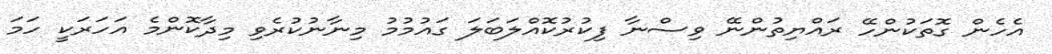
އެހެން ގޮތަކުންހޭ ރައްޔިތުންނޭ ވިސްނާ ފިކުރުކޮއްލަބަލަ ގައުމުމު މިނާނުކުރެވި މިދާކޮންމެ އަހަރަކީ ހަމަ